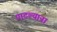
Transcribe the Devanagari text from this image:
पाटल्याना